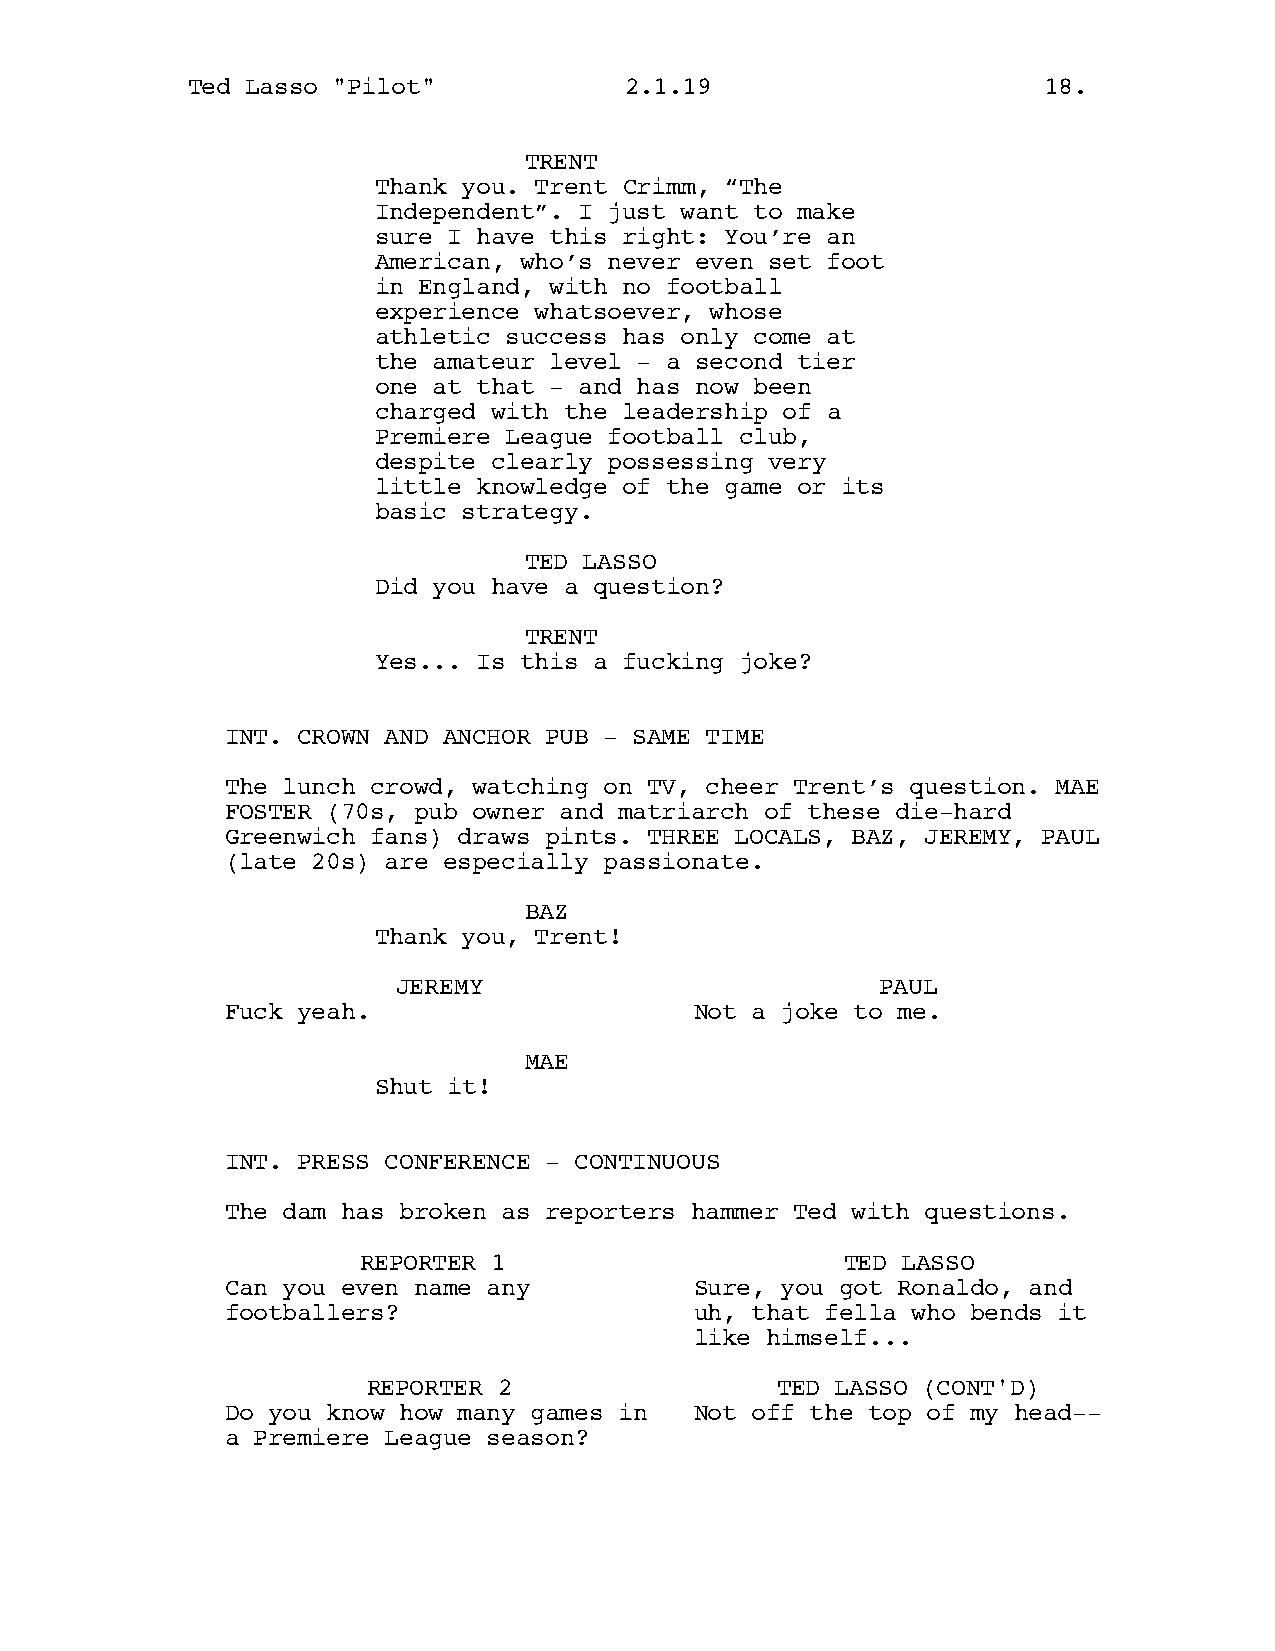
Ted Lasso "Pilot"            2.1.19                      18.
 TRENT
 Thank you. Trent Crimm, “The
 Independent”. I just want to make
 sure I have this right: You’re an
 American, who’s never even set foot
 in England, with no football
 experience whatsoever, whose
 athletic success has only come at
 the amateur level - a second tier
 one at that - and has now been
 charged with the leadership of a
 Premiere League football club,
 despite clearly possessing very
 little knowledge of the game or its
 basic strategy.
 TED LASSO
 Did you have a question?
 TRENT
 Yes... Is this a fucking joke?
 INT. CROWN AND ANCHOR PUB - SAME TIME
 The lunch crowd, watching on TV, cheer Trent’s question. MAE
 FOSTER (70s, pub owner and matriarch of these die-hard
 Greenwich fans) draws pints. THREE LOCALS, BAZ, JEREMY, PAUL
 (late 20s) are especially passionate.
 BAZ
 Thank you, Trent!
 JEREMY                          PAUL
 Fuck yeah.                     Not a joke to me.
 MAE
 Shut it!
 INT. PRESS CONFERENCE - CONTINUOUS
 The dam has broken as reporters hammer Ted with questions.
 REPORTER 1                      TED LASSO
 Can you even name any          Sure, you got Ronaldo, and
 footballers?                   uh, that fella who bends it
 like himself...
 REPORTER 2                 TED LASSO (CONT'D)
 Do you know how many games in  Not off the top of my head--
 a Premiere League season?